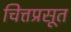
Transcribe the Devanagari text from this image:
चित्तप्रसूत